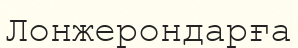
Лонжерондарға